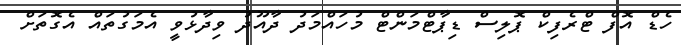
ހެޑް އޮފް ޓްރެފިކް ޕޮލިސް ޑިޕާޓްމަންޓް މުހައްމަދު ދާއޫދު ވިދާޅުވީ އެމަގުތައް އެގޮތަށް